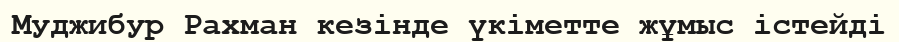
Муджибур Рахман кезінде үкіметте жұмыс істейді